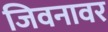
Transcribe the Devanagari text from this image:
जिवनावर